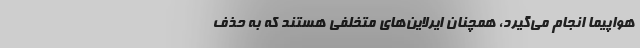
هواپیما انجام می‌گیرد، همچنان ایرلاین‌های متخلفی هستند که به حذف